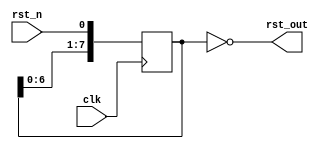
// Power On Reset

module POR(
    input clk,
    input rst_n,
    output rst_out
    );
    
    reg [7:0] dout8 = 8'b11111111;
    always @( posedge clk ) dout8 = {dout8[6:0], rst_n};
    assign rst_out = (dout8 == 8'b00000000);

endmodule